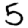
Digit: 5